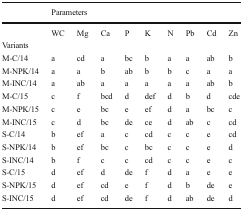
<table><thead><tr><td></td><td colspan="9"><b>Parameters</b></td></tr></thead><tbody><tr><td></td><td>WC</td><td>Mg</td><td>Ca</td><td>P</td><td>K</td><td>N</td><td>Pb</td><td>Cd</td><td>Zn</td></tr><tr><td>Variants</td><td></td><td></td><td></td><td></td><td></td><td></td><td></td><td></td><td></td></tr><tr><td>M-C/14</td><td>a</td><td>cd</td><td>a</td><td>bc</td><td>b</td><td>a</td><td>a</td><td>ab</td><td>b</td></tr><tr><td>M-NPK/14</td><td>a</td><td>a</td><td>b</td><td>ab</td><td>b</td><td>b</td><td>c</td><td>a</td><td>a</td></tr><tr><td>M-INC/14</td><td>a</td><td>ab</td><td>a</td><td>a</td><td>a</td><td>a</td><td>a</td><td>ab</td><td>b</td></tr><tr><td>M-C/15</td><td>c</td><td>f</td><td>bcd</td><td>d</td><td>def</td><td>d</td><td>b</td><td>d</td><td>cde</td></tr><tr><td>M-NPK/15</td><td>c</td><td>e</td><td>bc</td><td>e</td><td>ef</td><td>d</td><td>a</td><td>bc</td><td>c</td></tr><tr><td>M-INC/15</td><td>c</td><td>d</td><td>bc</td><td>de</td><td>ce</td><td>d</td><td>ab</td><td>c</td><td>cd</td></tr><tr><td>S-C/14</td><td>b</td><td>ef</td><td>a</td><td>c</td><td>cd</td><td>c</td><td>c</td><td>e</td><td>cd</td></tr><tr><td>S-NPK/14</td><td>b</td><td>ef</td><td>bc</td><td>c</td><td>bc</td><td>c</td><td>c</td><td>e</td><td>d</td></tr><tr><td>S-INC/14</td><td>b</td><td>f</td><td>c</td><td>c</td><td>cd</td><td>c</td><td>c</td><td>e</td><td>c</td></tr><tr><td>S-C/15</td><td>d</td><td>ef</td><td>d</td><td>de</td><td>f</td><td>d</td><td>a</td><td>e</td><td>e</td></tr><tr><td>S-NPK/15</td><td>d</td><td>ef</td><td>cd</td><td>e</td><td>f</td><td>d</td><td>b</td><td>de</td><td>e</td></tr><tr><td>S-INC/15</td><td>d</td><td>ef</td><td>cd</td><td>de</td><td>f</td><td>d</td><td>ab</td><td>de</td><td>d</td></tr></tbody></table>